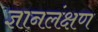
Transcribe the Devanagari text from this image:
ज्ञानलंक्षण